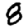
Digit: 8